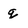
Character: g